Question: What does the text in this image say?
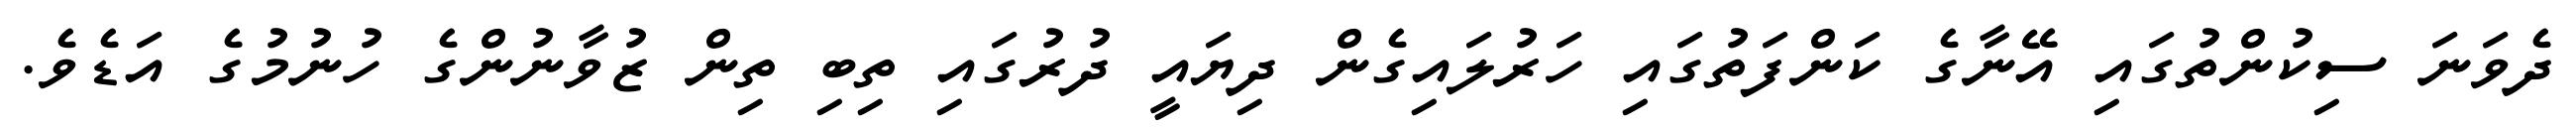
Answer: ދެވަނަ ސިކުންތުގައި އޭނާގެ ކަންފަތުގައި ހަރުލައިގެން ދިޔައީ ދުރުގައި ތިބި ތިން ޒުވާނުންގެ ހުނުމުގެ އަޑެވެ.